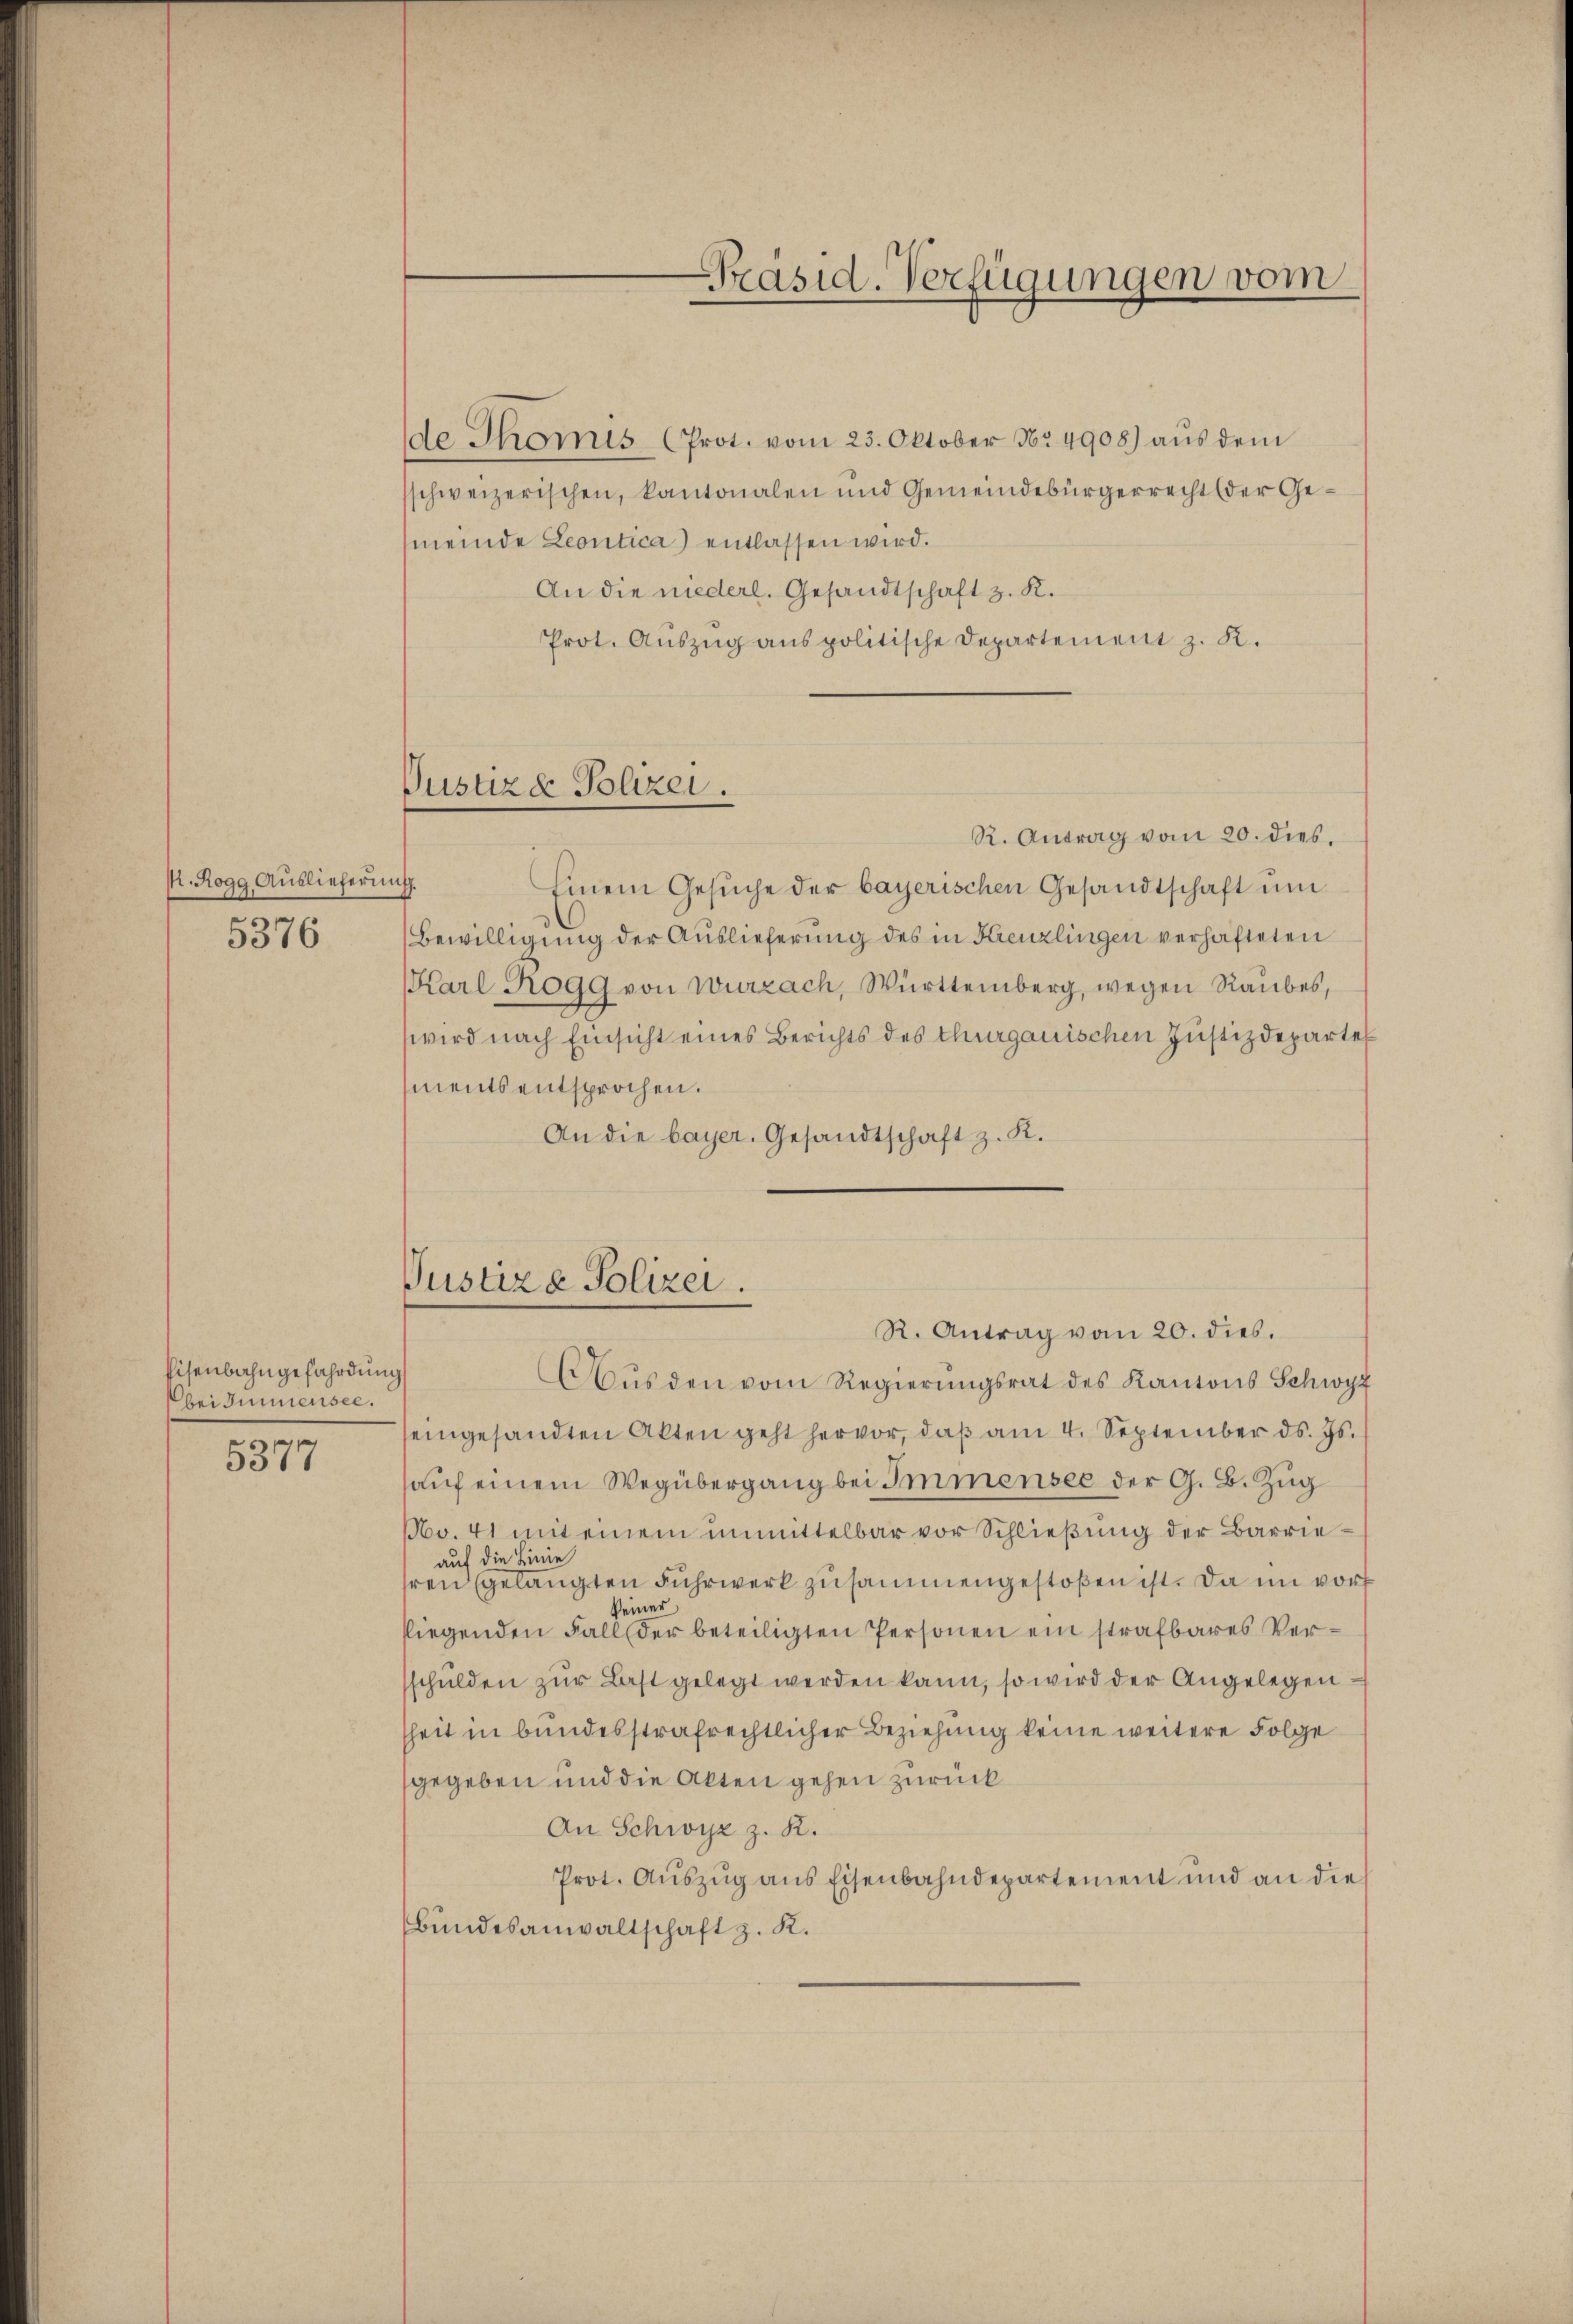
. Rogg Auslieferung.
5376

Eisenbahngefährdung
bei Immensee.
5377

de Thonis (Prot. vom 23. Oktober No 4908) aŭs dem
schweizerischen, kantonalen und Gemeindebürgerrecht (der Ge¬
(meinde Leontica) entlassen wird.
An die niederl. Gesandtschaft z. K.
Prot. Aŭszŭg anspolitische Departement z. K.

R. Antrag vom 20. dies
Einem Gesŭche der bayerischen Gesandtschaft um
Bewilligung der Auslieferung des in Kreuzlingen verhafteten
Karl Rogg von Wurzach, Württemberg, wegen Raubes,
wird nach Einsicht eines Berichts des thurgauischen Justizdeparte
ments entsprochen.
An die bayer. Gesandtschaft z. K.

Pustiz & Polizei.

Präsid. Verfügungen vom

Justiz & Polizei.
R. Antrag vom 20. dies.

Aŭs den vom Regierŭngsrat des Kantons Schwyz
eingesandten Akten geht hervor, daβ am 4. September ds. Js.
auf einem Wegübergang bei Immensee der G. B. Zug
No. 41 mit einem unmittelbar vor Schließung der Barrieauf die Linie
ren gelangten Fuhrwerk zusammengestoßen ist. Da im vorh
keiner
fliegenden Fall der beteiligten Personen ein strafbares Versschulden zŭr Last gelegt werden kann, so wird der Angelegensheit in bundesstrafrechtlicher Beziehung keine weitere Folge
gegeben und die Akten gehen zurück
An Schwyz z. R.
Prot. Auszug aus Eisenbahndepartement und an die
Bundesanwaltschaft z. K.